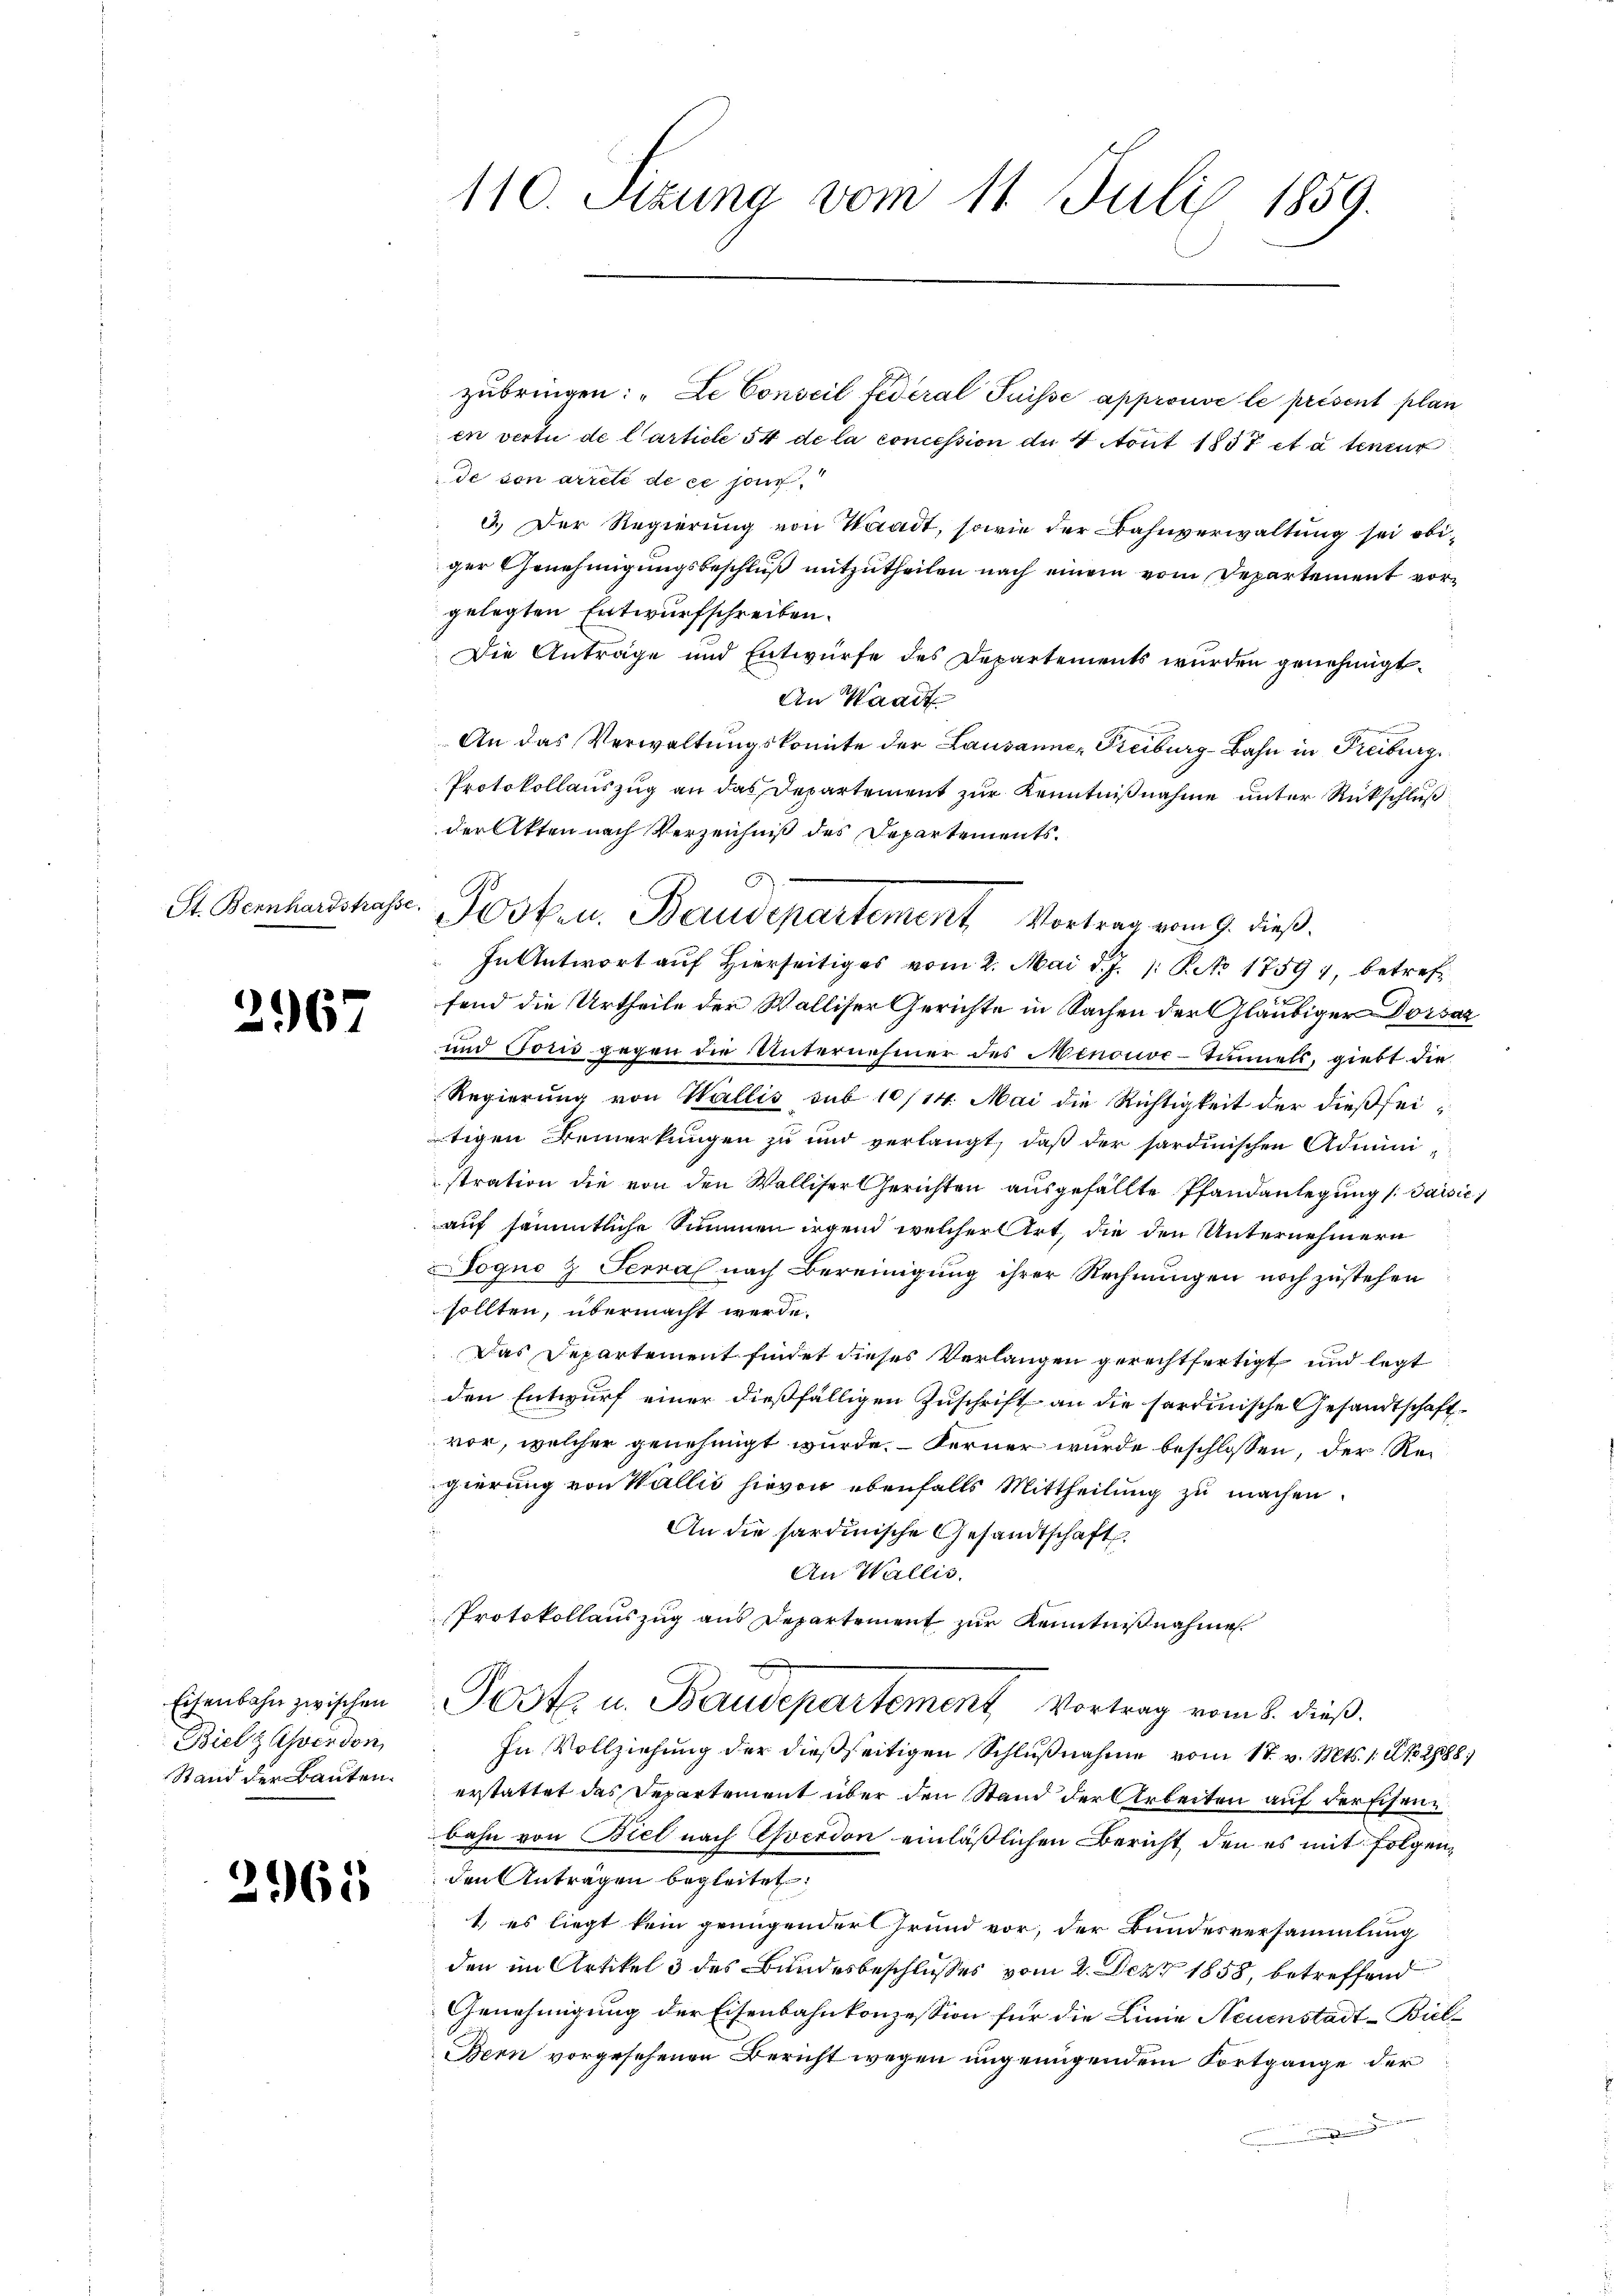
St. Bernhardstrasse.

2967

Eisenbahn zwischen
Bielz Averson
Stand der Bauten.

2965

110. Setzung vom 11. Juli 1859.

zubringen: „Le Conseil federal Puisse approuve le présent plan
en vertu de l’article 54 de la concession der 4 ont 1857 et à teneur
de von arreté de ce jour
3.) Der Regierung von Waadt, sowie der Bahnverwaltung sei obiger Genehmigungsbeschluß mitzutheilen nach einem vom Departement vorgelegten Entwurfschreiben.
Die Anträge und Entwurfe des Departements wurden genehmigt.
An Waadt
An das Verwaltungskomite der Lausannes Freiburg-Bahn in Freiburg,
Protokollauszug an das Departement zur Kenntnißnahme unter Rückschluß
der Akten nach Verzeichniß des Departements¬
In Antwort auf Hierseitiges vom 2. Mai d. J. 1: No 1759), betreffend die Urtheile der Walliser Gerichte in Sachen der Gläubiger Dorsaz
und Toris gegen die Unternehmer des Menouve-Tunnels, giebt die
Regierung von Wallis sub 10/14. Mai die Richtigkeit der dießseitigen Bemerkungen zu und verlangt, daß der sardinischen Administration die von den Walliser Gerichten aŭsgefällte Pfandanlegung / Jaisie
auf sämmtliche Summen irgend welcher Art, die den Unternehmern
Jogno & Serial nach Bereinigung ihrer Rechnungen noch zustehen
sollten, übermacht werde.
Das Departement findet dieses Verlangen gerechtfertigt und legt
den Entwurf einer dießfälligen Zuschrift an die hardinische Gesandtschaftvor, welcher genehmigt wurde. Ferner wurde beschlossen, der Reigierung von Wallis hievon ebenfalls Mittheilung zu machen.
An die sardinische Gesandtschaft
An Wallis.
Protokollauszug aus Departement zur Kenntnißnahme
Post u. Baudepartement Vortrag vom 8. dieß.
In Vollziehung der dießseitigen Schlußnahme vom 17. v. Mts. 1. 2. 288
erstattet das Departement über den Stand der Arbeiten auf der Eisenbahn von Biel nach Ehverdon einläßlichen Bericht den es mit folgenden Anträgen begleitet,
1. es liegt kein grungender Grund vor, der Bundesversammlung
den im Artikel 3 des Bundesbeschlusses vom 2. Dez. 1858, betreffend
Genehmigung der Eisenbahnkonzession für die Linie Neuenstadt-Biel¬
Bern vorgesehenen Bericht wegen ungenügendem Fortgange der
Eigen

B
Hoken. Baudepartement Vortrag vom 9. dieß.